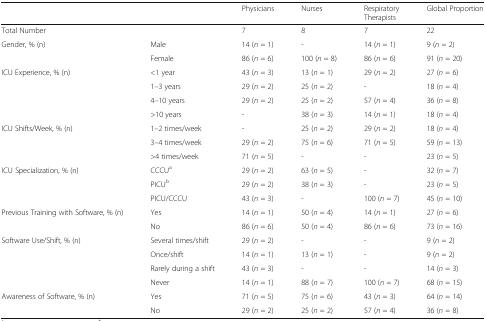
<table><thead><tr><td></td><td></td><td><b>Physicians</b></td><td><b>Nurses</b></td><td><b>RespiratoryTherapists</b></td><td><b>Global Proportion</b></td></tr></thead><tbody><tr><td>Total Number</td><td></td><td>7</td><td>8</td><td>7</td><td>22</td></tr><tr><td rowspan="2">Gender, % (n)</td><td>Male</td><td>14 (<i>n</i> = 1)</td><td>-</td><td>14 (<i>n</i> = 1)</td><td>9 (<i>n</i> = 2)</td></tr><tr><td>Female</td><td>86 (<i>n</i> = 6)</td><td>100 (<i>n</i> = 8)</td><td>86 (<i>n</i> = 6)</td><td>91 (<i>n</i> = 20)</td></tr><tr><td rowspan="4">ICU Experience, % (n)</td><td>&lt;1 year</td><td>43 (<i>n</i> = 3)</td><td>13 (<i>n</i> = 1)</td><td>29 (<i>n</i> = 2)</td><td>27 (<i>n</i> = 6)</td></tr><tr><td>1–3 years</td><td>29 (<i>n</i> = 2)</td><td>25 (<i>n</i> = 2)</td><td>-</td><td>18 (<i>n</i> = 4)</td></tr><tr><td>4–10 years</td><td>29 (<i>n</i> = 2)</td><td>25 (<i>n</i> = 2)</td><td>57 (<i>n</i> = 4)</td><td>36 (<i>n</i> = 8)</td></tr><tr><td>&gt;10 years</td><td>-</td><td>38 (<i>n</i> = 3)</td><td>14 (<i>n</i> = 1)</td><td>18 (<i>n</i> = 4)</td></tr><tr><td rowspan="3">ICU Shifts/Week, % (n)</td><td>1–2 times/week</td><td>-</td><td>25 (<i>n</i> = 2)</td><td>29 (<i>n</i> = 2)</td><td>18 (<i>n</i> = 4)</td></tr><tr><td>3–4 times/week</td><td>29 (<i>n</i> = 2)</td><td>75 (<i>n</i> = 6)</td><td>71 (<i>n</i> = 5)</td><td>59 (<i>n</i> = 13)</td></tr><tr><td>&gt;4 times/week</td><td>71 (<i>n</i> = 5)</td><td>-</td><td>-</td><td>23 (<i>n</i> = 5)</td></tr><tr><td rowspan="3">ICU Specialization, % (n)</td><td>CCCU<sup>a</sup></td><td>29 (<i>n</i> = 2)</td><td>63 (<i>n</i> = 5)</td><td>-</td><td>32 (<i>n</i> = 7)</td></tr><tr><td>PICU<sup>b</sup></td><td>29 (<i>n</i> = 2)</td><td>38 (<i>n</i> = 3)</td><td>-</td><td>23 (<i>n</i> = 5)</td></tr><tr><td>PICU/CCCU</td><td>43 (<i>n</i> = 3)</td><td>-</td><td>100 (<i>n</i> = 7)</td><td>45 (<i>n</i> = 10)</td></tr><tr><td rowspan="2">Previous Training with Software, % (n)</td><td>Yes</td><td>14 (<i>n</i> = 1)</td><td>50 (<i>n</i> = 4)</td><td>14 (<i>n</i> = 1)</td><td>27 (<i>n</i> = 6)</td></tr><tr><td>No</td><td>86 (<i>n</i> = 6)</td><td>50 (<i>n</i> = 4)</td><td>86 (<i>n</i> = 6)</td><td>73 (<i>n</i> = 16)</td></tr><tr><td rowspan="4">Software Use/Shift, % (n)</td><td>Several times/shift</td><td>29 (<i>n</i> = 2)</td><td>-</td><td>-</td><td>9 (<i>n</i> = 2)</td></tr><tr><td>Once/shift</td><td>14 (<i>n</i> = 1)</td><td>13 (<i>n</i> = 1)</td><td>-</td><td>9 (<i>n</i> = 2)</td></tr><tr><td>Rarely during a shift</td><td>43 (<i>n</i> = 3)</td><td>-</td><td>-</td><td>14 (<i>n</i> = 3)</td></tr><tr><td>Never</td><td>14 (<i>n</i> = 1)</td><td>88 (<i>n</i> = 7)</td><td>100 (<i>n</i> = 7)</td><td>68 (<i>n</i> = 15)</td></tr><tr><td rowspan="2">Awareness of Software, % (n)</td><td>Yes</td><td>71 (<i>n</i> = 5)</td><td>75 (<i>n</i> = 6)</td><td>43 (<i>n</i> = 3)</td><td>64 (<i>n</i> = 14)</td></tr><tr><td>No</td><td>29 (<i>n</i> = 2)</td><td>25 (<i>n</i> = 2)</td><td>57 (<i>n</i> = 4)</td><td>36 (<i>n</i> = 8)</td></tr></tbody></table>